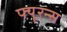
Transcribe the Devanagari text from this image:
फ्यूरन्स